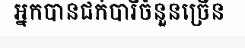
អ្នកបានជក់បារីចំនួនច្រើន